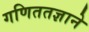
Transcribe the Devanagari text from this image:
गणिततज्ञाने